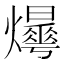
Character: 𤒫